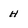
Character: h